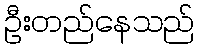
ဦးတည်နေသည်